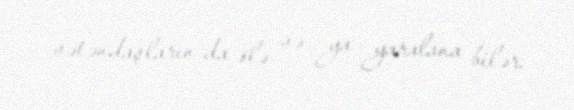
vətəndaşların da ölə və ya yaralana bilər.